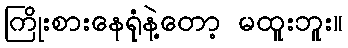
ကြိုးစားနေရုံနဲ့တော့ မထူးဘူး။